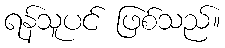
ရန်သူပင် ဖြစ်သည်။